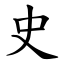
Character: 史